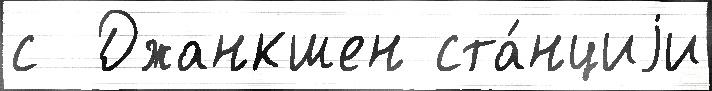
с  Джанкшен ста́нциjи